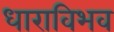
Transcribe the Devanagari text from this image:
धाराविभव